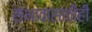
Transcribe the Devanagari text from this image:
सभावासाठीही